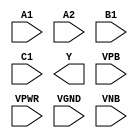
module sky130_fd_sc_ms__o211ai (
    //# {{data|Data Signals}}
    input  A1  ,
    input  A2  ,
    input  B1  ,
    input  C1  ,
    output Y   ,

    //# {{power|Power}}
    input  VPB ,
    input  VPWR,
    input  VGND,
    input  VNB
);
endmodule